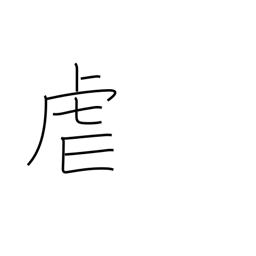
Meaning: oppress